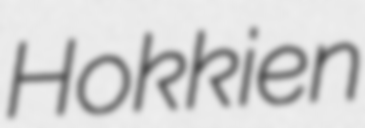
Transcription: Hokkien